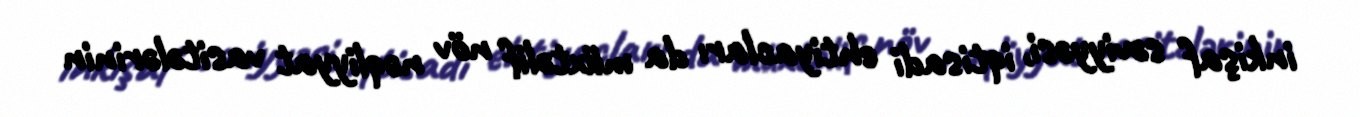
inkişaf səviyyəsi, iqtisadi ehtiyacları da müxtəlif növ nəqliyyat vasitələrinin